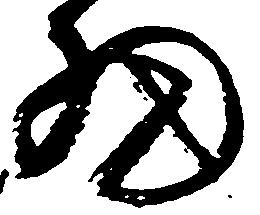
細